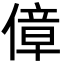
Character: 傽